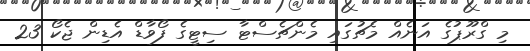
މި ގްރޫޕުގެ އަނެއް މެޗުގައި މެންޗެސްޓާ ސިޓީގެ ފޯވާޑް އެޑިން ޖެކޯ 23